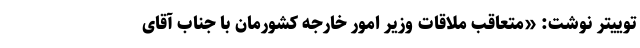
توییتر نوشت: «متعاقب ملاقات وزیر امور خارجه کشورمان با جناب آقای